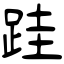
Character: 跬